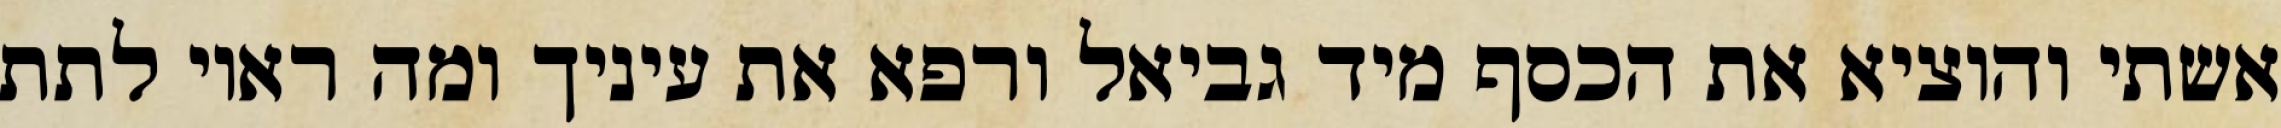
אשתי והוציא את הכסף מיד גביאל ורפא את עיניך ומה ראוי לתת